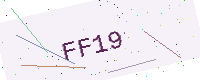
Text: FF19